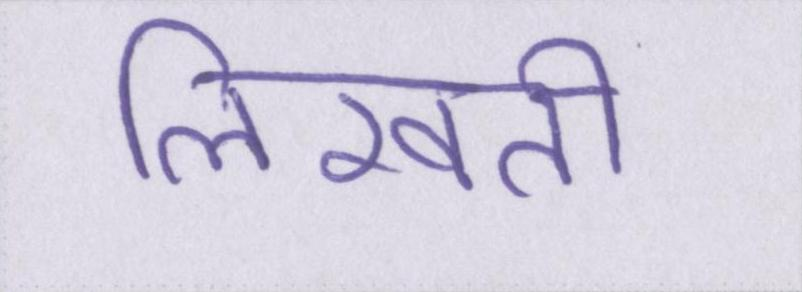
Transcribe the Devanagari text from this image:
लिखती